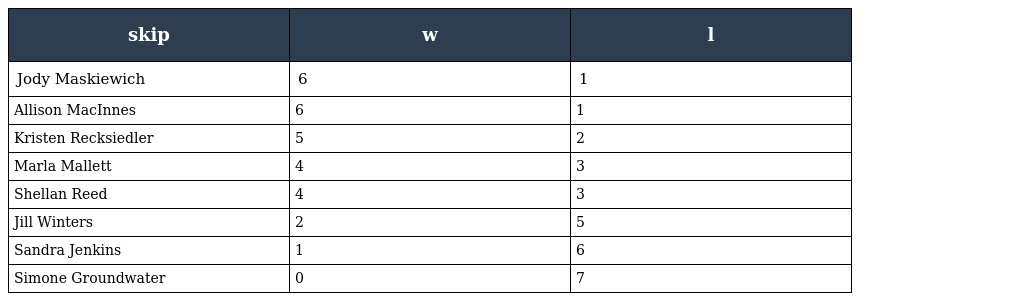
| skip | w | l |
 | --- | --- | --- |
 | Jody Maskiewich | 6 | 1 |
 | Allison MacInnes | 6 | 1 |
 | Kristen Recksiedler | 5 | 2 |
 | Marla Mallett | 4 | 3 |
 | Shellan Reed | 4 | 3 |
 | Jill Winters | 2 | 5 |
 | Sandra Jenkins | 1 | 6 |
 | Simone Groundwater | 0 | 7 |